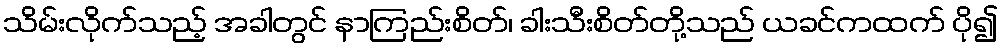
သိမ်းလိုက်သည့် အခါတွင် နာကြည်းစိတ်၊ ခါးသီးစိတ်တို့သည် ယခင်ကထက် ပို၍